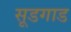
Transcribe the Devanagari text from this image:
सूडगाड